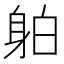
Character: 𲄜